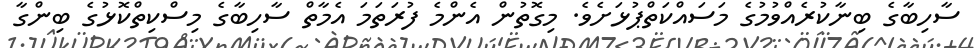
ސާހިބާގެ ބިނާކުރެއްވުމުގެ މަސައްކަތްޕުޅަށެވެ. މިގޮތުން އެންމެ ފުރަތަމަ އެމާތް ސާހިބާގެ މިސްކިތްކޮޅުގެ ބިންގާ